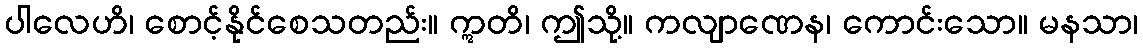
ပါလေဟိ၊ စောင့်နိုင်စေသတည်း။ ဣတိ၊ ဤသို့။ ကလျာဏေန၊ ကောင်းသော။ မနသာ၊